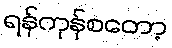
ရန်ကုန်စတော့